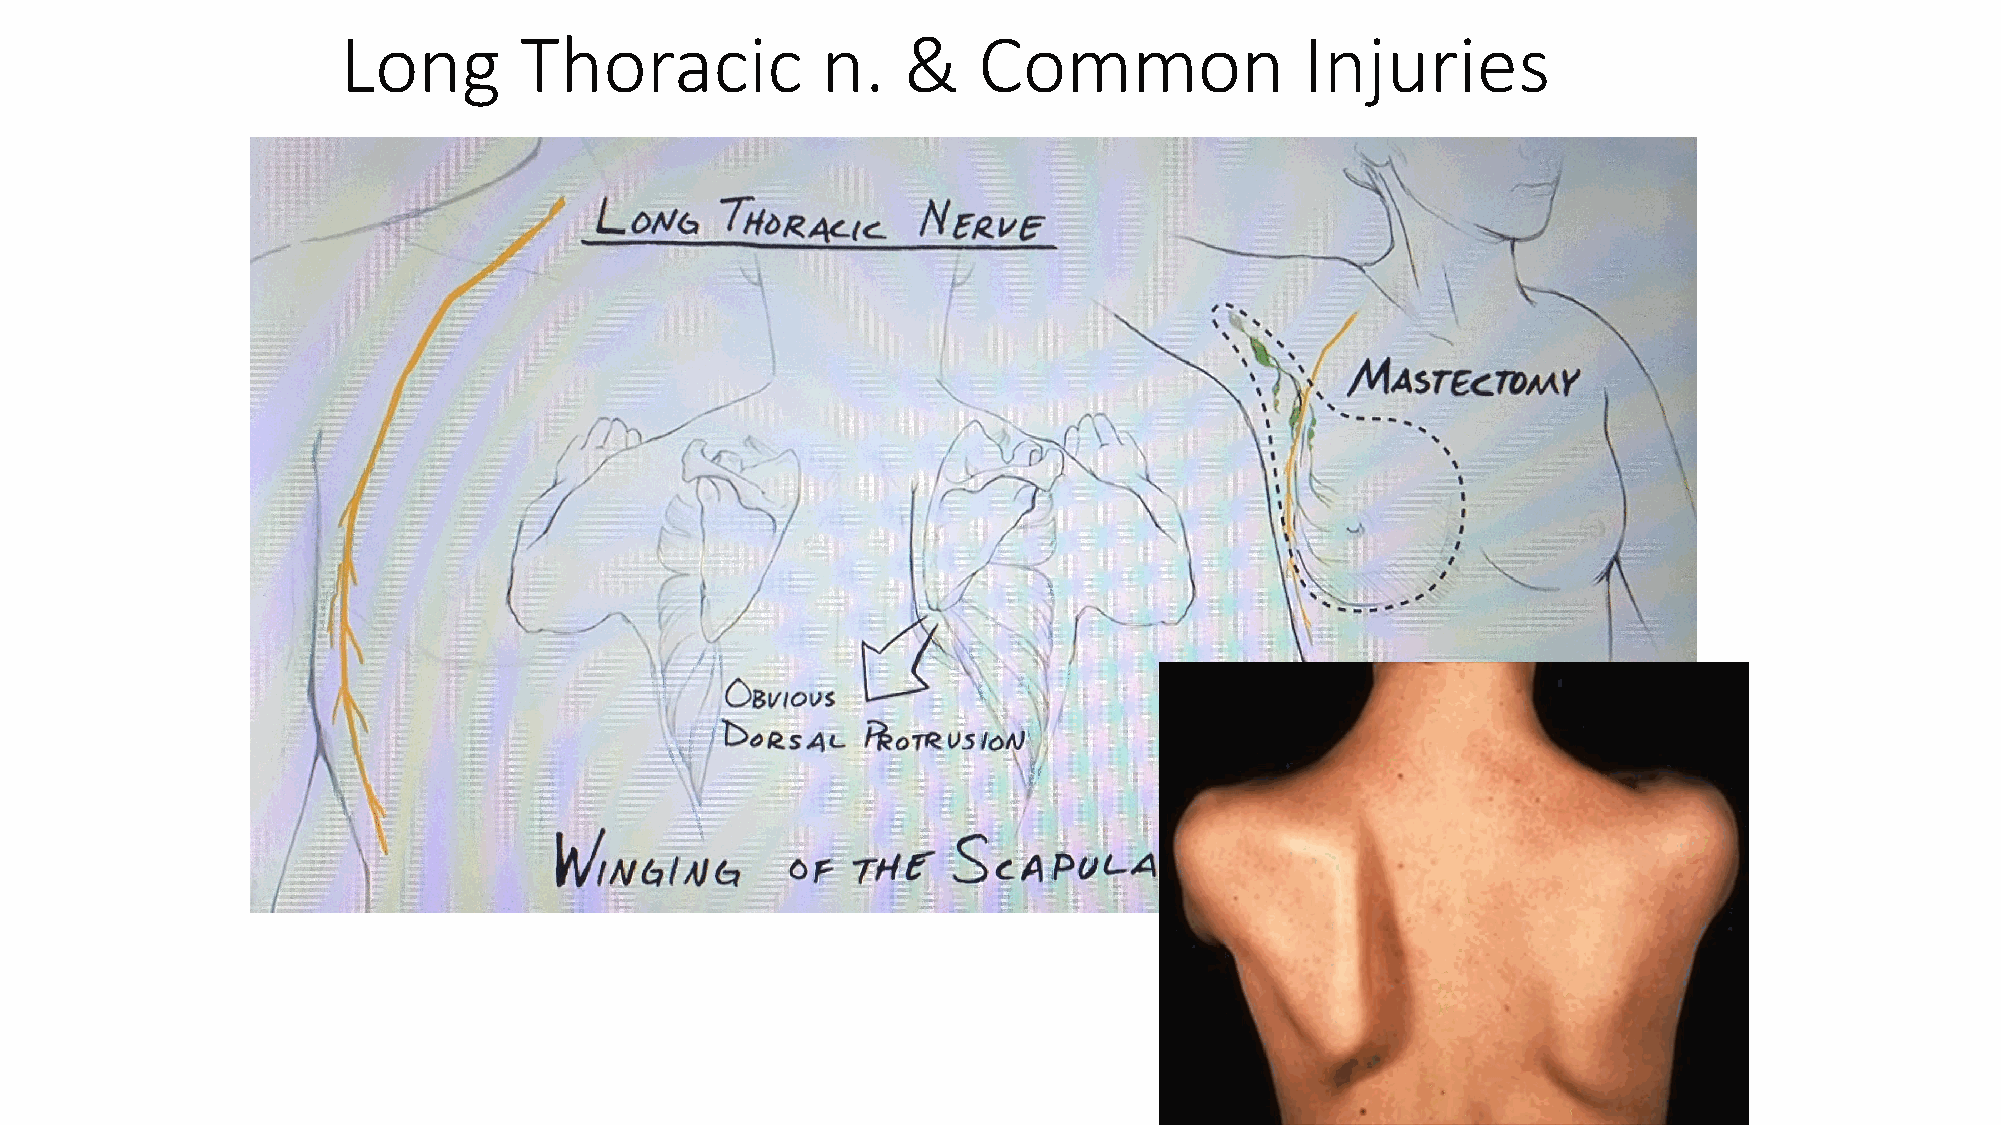
Long       Thoracic            n.    &    Common               Injuries